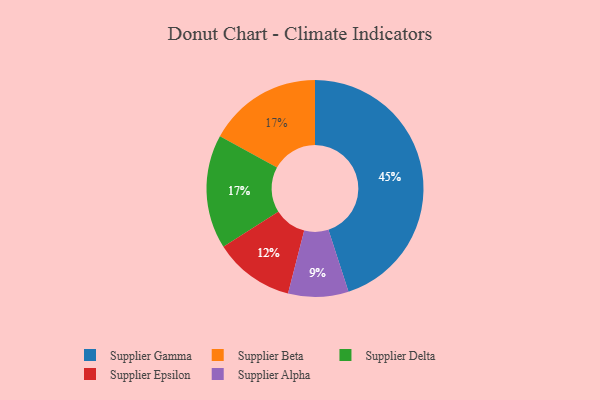
{"axis": {"x": "Category", "y": "Percentage"}, "legend": ["Supplier Alpha", "Supplier Beta", "Supplier Delta", "Supplier Epsilon", "Supplier Gamma"], "data": [{"x": "Supplier Beta", "y": 17, "type": "Supplier Beta"}, {"x": "Supplier Gamma", "y": 45, "type": "Supplier Gamma"}, {"x": "Supplier Delta", "y": 17, "type": "Supplier Delta"}, {"x": "Supplier Alpha", "y": 9, "type": "Supplier Alpha"}, {"x": "Supplier Epsilon", "y": 12, "type": "Supplier Epsilon"}]}